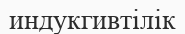
индукгивтілік